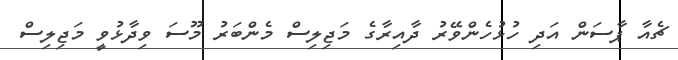
ޗެއާ ޕާސަން އަދި ހުޅުހެންވޭރު ދާއިރާގެ މަޖިލިސް މެންބަރު މޫސަ ވިދާޅުވީ މަޖިލިސް